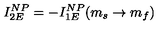
I _ { 2 E } ^ { N P } = - I _ { 1 E } ^ { N P } ( m _ { s } \rightarrow m _ { f } )